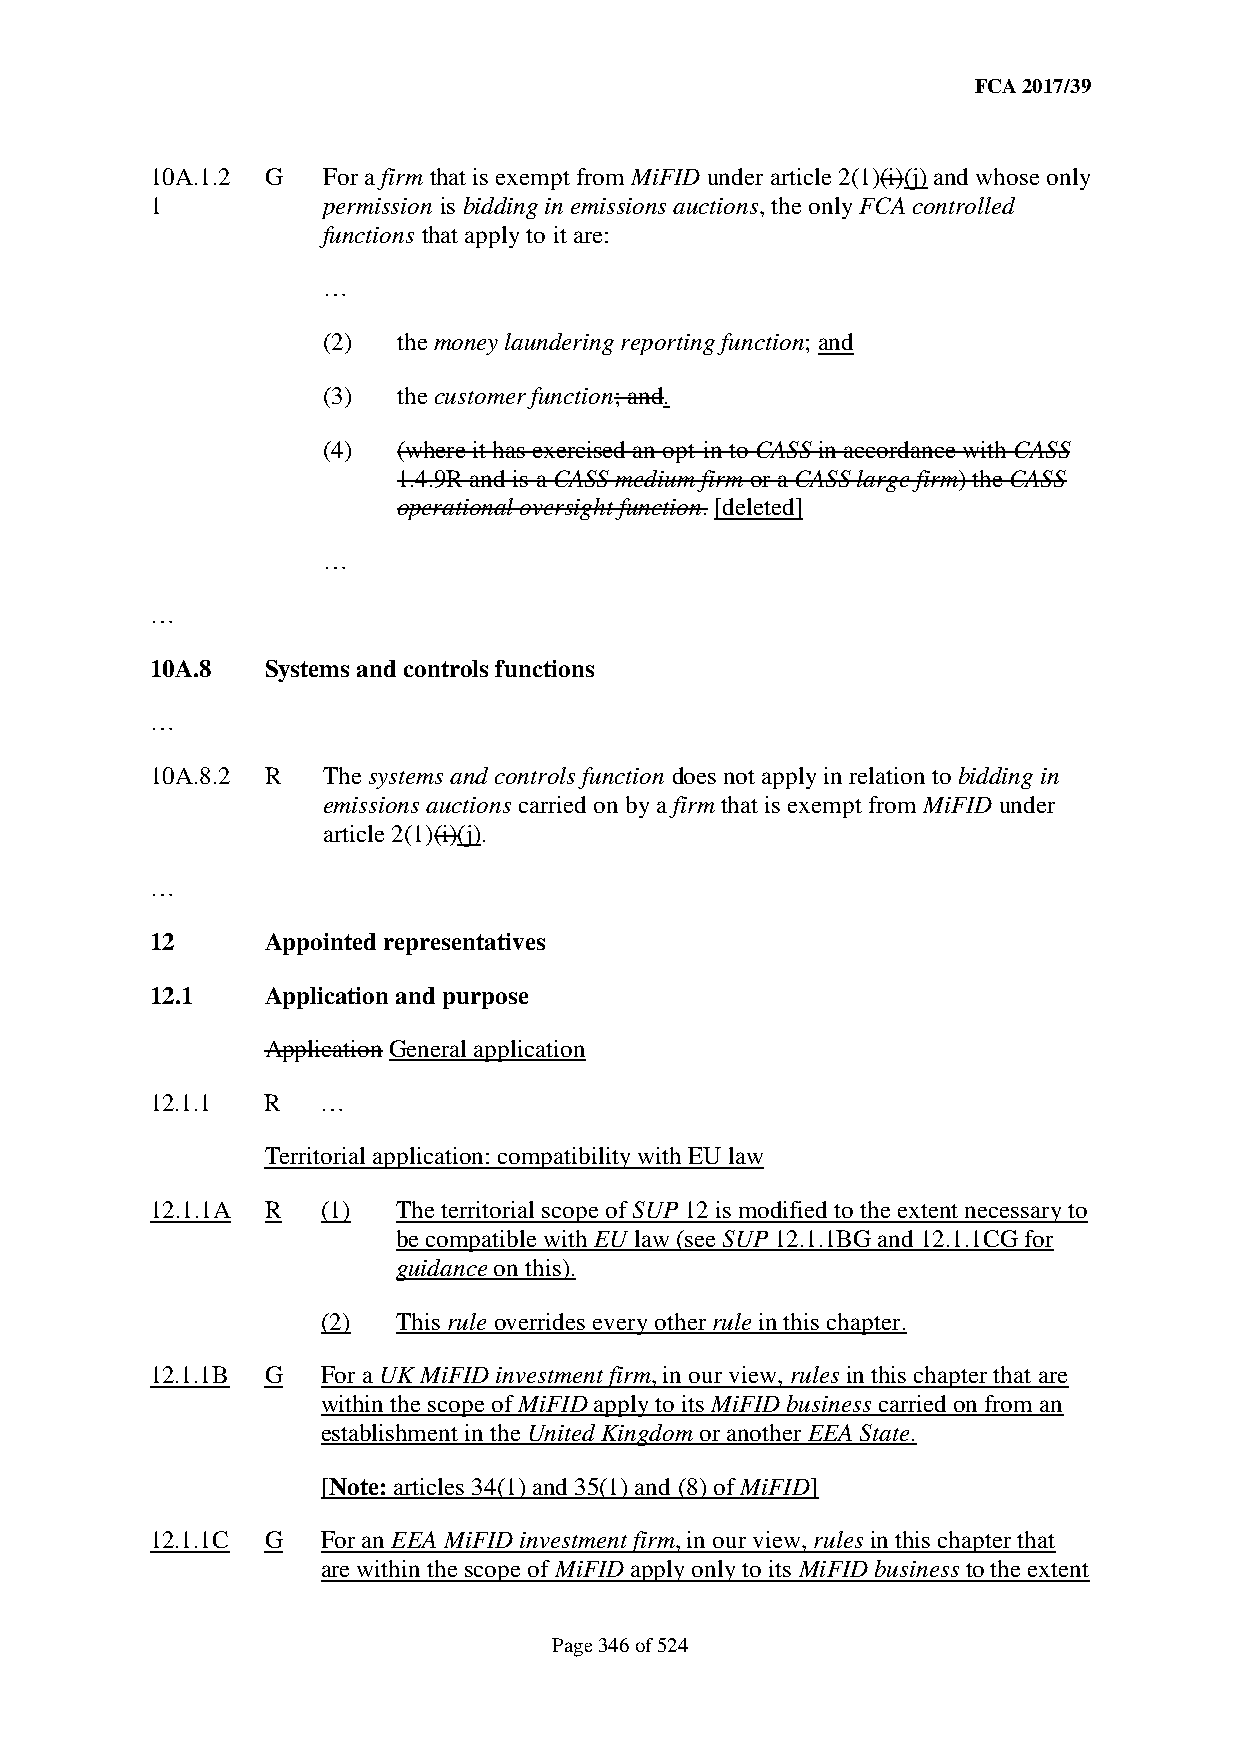
FCA 2017/39
 10A.1.2 G  For a firm that is exempt from MiFID under article 2(1)(i)(j) and whose only
 1          permission is bidding in emissions auctions, the only FCA controlled
 functions that apply to it are:
 …
 (2)  the money laundering reporting function; and
 (3)  the customer function; and.
 (4)  (where it has exercised an opt-in to CASS in accordance with CASS
 1.4.9R and is a CASS medium firm or a CASS large firm) the CASS
 operational oversight function. [deleted]
 …
 …
 10A.8   Systems and controls functions
 …
 10A.8.2 R  The systems and controls function does not apply in relation to bidding in
 emissions auctions carried on by a firm that is exempt from MiFID under
 article 2(1)(i)(j).
 …
 12      Appointed representatives
 12.1    Application and purpose
 Application General application
 12.1.1  R  …
 Territorial application: compatibility with EU law
 12.1.1A R  (1)  The territorial scope of SUP 12 is modified to the extent necessary to
 be compatible with EU law (see SUP 12.1.1BG and 12.1.1CG for
 guidance on this).
 (2)  This rule overrides every other rule in this chapter.
 12.1.1B G  For a UK MiFID investment firm, in our view, rules in this chapter that are
 within the scope of MiFID apply to its MiFID business carried on from an
 establishment in the United Kingdom or another EEA State.
 [Note: articles 34(1) and 35(1) and (8) of MiFID]
 12.1.1C G  For an EEA MiFID investment firm, in our view, rules in this chapter that
 are within the scope of MiFID apply only to its MiFID business to the extent
 Page 346 of 524